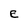
Character: E